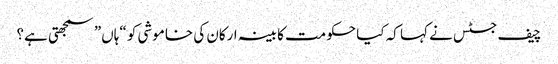
چیف جسٹس نے کہا کہ کیا حکومت کابینہ ارکان کی خاموشی کو “ہاں” سمجھتی ہے؟